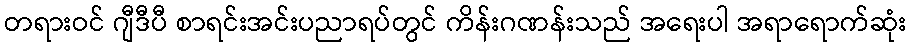
တရားဝင် ဂျီဒီပီ စာရင်းအင်းပညာရပ်တွင် ကိန်းဂဏန်းသည် အရေးပါ အရာရောက်ဆုံး